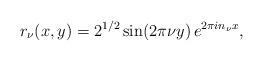
LaTeX: \begin{align*} r_\nu(x,y) = 2^{1/2} \sin(2\pi \nu y)\,e^{2\pi i n_\nu x}, \end{align*}